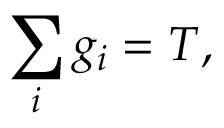
\sum _ { i } g _ { i } = T ,